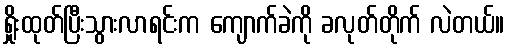
ရှိုးထုတ်ပြီးသွားလာရင်းက ကျောက်ခဲကို ခလုတ်တိုက် လဲတယ်။